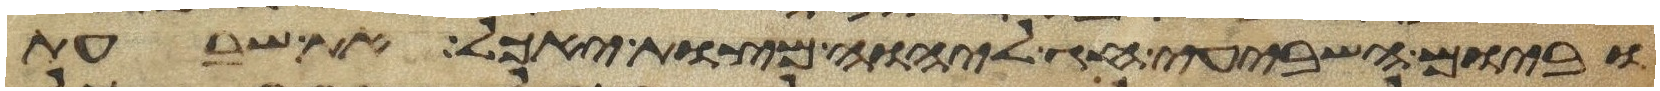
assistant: וביום השביעי חג ליהוה מצות יאכל את שבעת